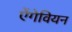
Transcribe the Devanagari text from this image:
ऐंगेवियन